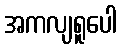
အကလျရူပေါ